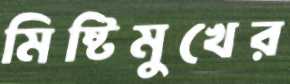
মিষ্টিমুখের